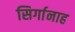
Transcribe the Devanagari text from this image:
सिर्गानाह